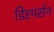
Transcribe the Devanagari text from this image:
डिस्पर्सन